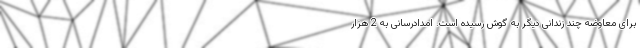
برای معاوضه چند زندانی دیگر به گوش رسیده است. امدادرسانی به 2 هزار